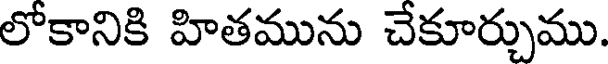
లోకానికి హితమును చేకూర్చుము.